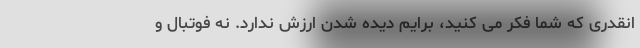
انقدری که شما فکر می کنید، برایم دیده شدن ارزش ندارد. نه فوتبال و